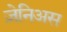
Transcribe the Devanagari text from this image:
ज़ेनिअस